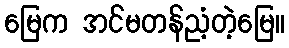
မြေက အင်မတန်ညံ့တဲ့မြေ။